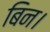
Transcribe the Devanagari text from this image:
बिन।